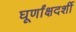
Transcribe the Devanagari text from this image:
घूर्णांक्षदर्शी